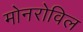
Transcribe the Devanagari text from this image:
मोनरोविल